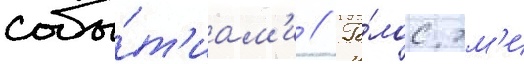
собы́т'иам'и // Го́лос эм'и